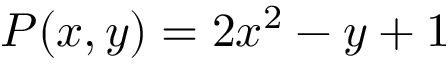
P ( x , y ) = 2 x ^ { 2 } - y + 1